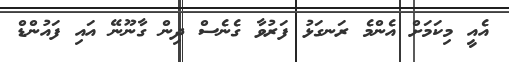
އެއީ މިކަމަށް އެންމެ ރަނގަޅު ފަރުވާ ގެނެސް ދިން ގާނޫނޭ އައި ފައުންޑް